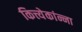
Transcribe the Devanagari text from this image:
कित्त्येकांन्ना